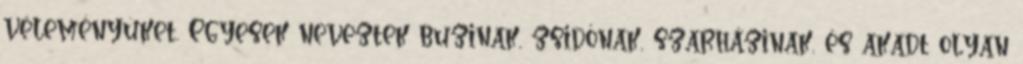
véleményüket. Egyesek neveztek buzinak, zsidónak, szarházinak, és akadt olyan